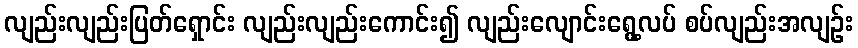
လျည်းလျည်းပြတ်ရှောင်း လျည်းလျည်းကောင်း၍ လျည်းလျောင်းရွေ့လပ် စပ်လျည်းအလျဉ်း